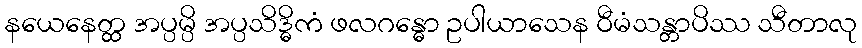
နယေနေတ္ထ အပ္ပမ္ပိ အပ္ပသိဒ္ဓိကံ ဖလဂန္ဓော ဥပါယာသေန ဝီမံသန္တာပိဿ သီတာလု